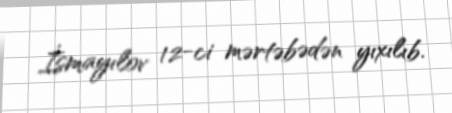
İsmayılov 12-ci mərtəbədən yıxılıb.